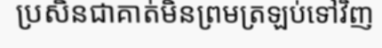
ប្រសិនជាគាត់មិនព្រមត្រឡប់ទៅវិញ